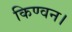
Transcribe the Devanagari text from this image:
किण्वन।